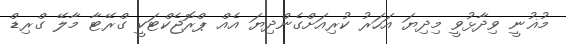
މުޣުނީ ވިދާޅުވީ މިދިޔަ އަހަރު ކުރިއަށްގެންދިޔަ އެއް ޕްރޮޖެކްޓަކީ ގްރޭޓާ މާލޭ ގްރިޑް